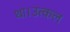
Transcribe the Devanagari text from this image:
था।उत्कल